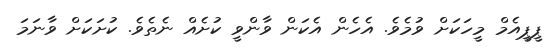
ޕީޕީއެމް މީހަކަށް ވުމެވެ. އެހެން އެކަން ވާންވީ ކުށެއް ނެތެވެ. ކުށަކަށް ވާނަމަ